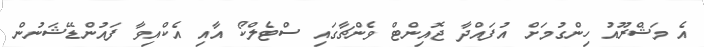
އެ މަޝްރޫއު ހިންގުމަށް އުފައްދާ ޖޮއިންޓް ވެންޗާގައި ސްޓެލްކޯ އާއި އެކްއިވާ ފައުންޑޭޝަނުން